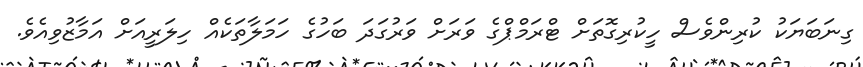
ގިނަބަޔަކު ކުރިންވެސް ހީކުރިގޮތަށް ޓްރަމްޕްގެ ވަރަށް ވަރުގަދަ ބަހުގެ ހަމަލާތަކެއް ހިލަރީއަށް އަމާޒުވިއެވެ.